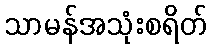
သာမန်အသုံးစရိတ်